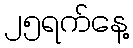
၂၅ရက်နေ့